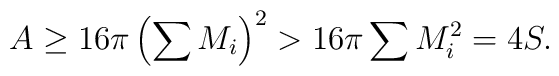
A \geq 16 \pi \left( \sum M_i \right)^2 > 16 \pi \sum M_i^2 = 4S.